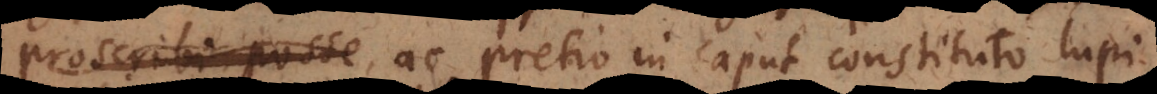
proscribi posse, ac pretio in caput constituto lu